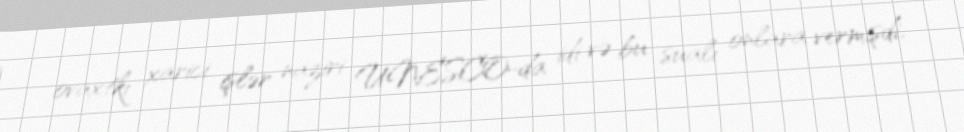
ovaxtkı xarici işlər naziri UNESCO-da idi və bu sualı onlara vermişdi.